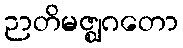
ဉာတိမဇ္ဈဂတော